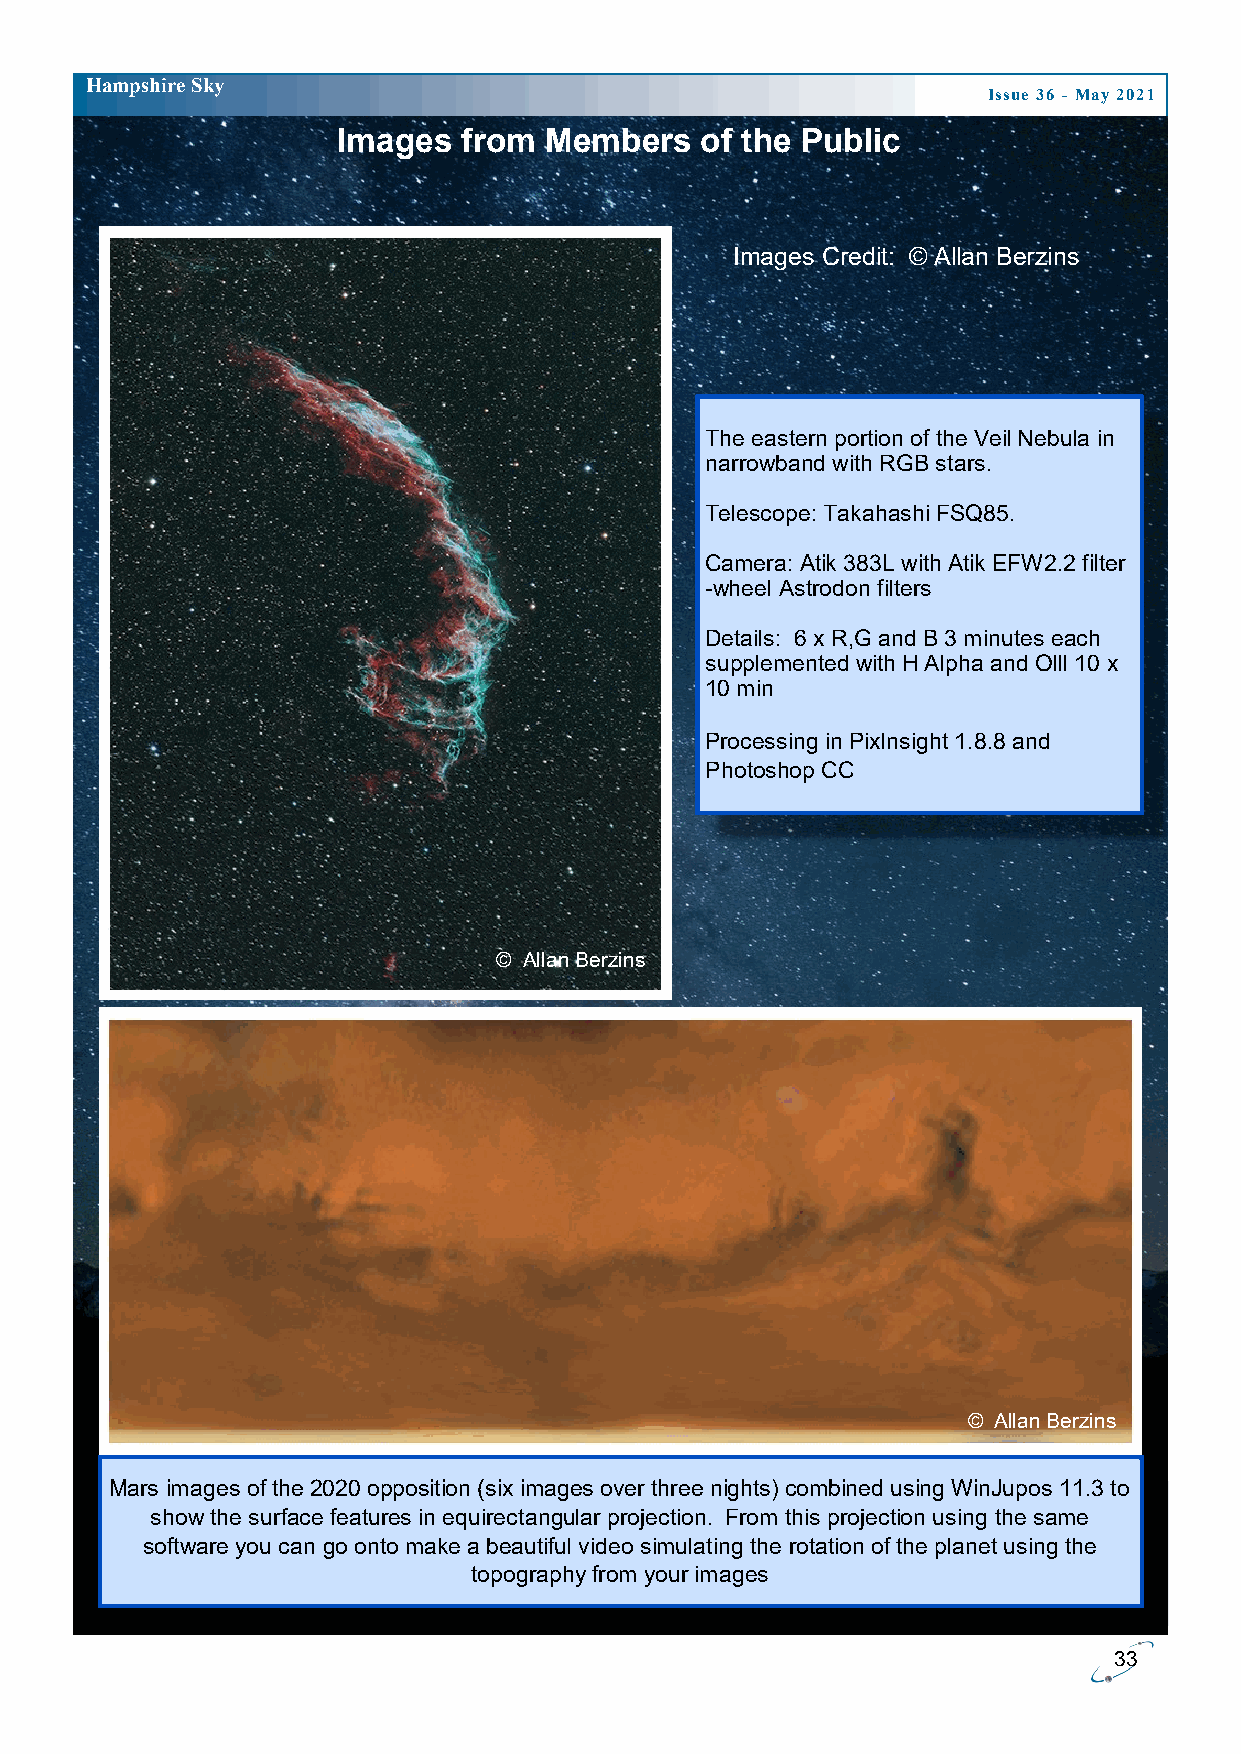
H ampshire Sky
 Issue 36 - May 2021
 Images   from Members   of the Public
 Images Credit: © Allan Berzins
 The eastern portion of the Veil Nebula in
 narrowband with RGB stars.
 Telescope: Takahashi FSQ85.
 Camera: Atik 383L with Atik EFW2.2 filter
 -wheel Astrodon filters
 Details: 6 x R,G and B 3 minutes each
 supplemented with H Alpha and Olll 10 x
 10 min
 Processing in PixInsight 1.8.8 and
 Photoshop CC
 © Allan Berzins
 © Allan Berzins
 Mars images of the 2020 opposition (six images over three nights) combined using WinJupos 11.3 to
 show the surface features in equirectangular projection. From this projection using the same
 software you can go onto make a beautiful video simulating the rotation of the planet using the
 topography from your images
 33